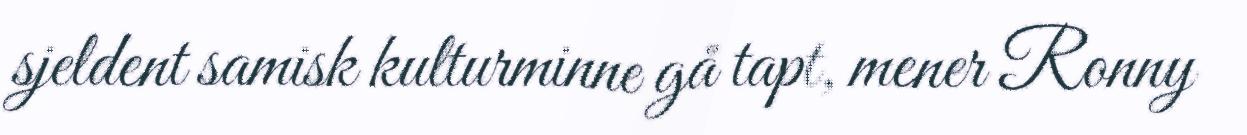
sjeldent samisk kulturminne gå tapt, mener Ronny